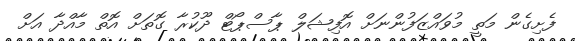
ފެށިގެން މަތީ މުވައްޒަފުންނަށް އޮފިޝަލް ޕާސްޕޯޓް ދޫކުރާ ގޮތަށް އޮތް މާއްދާ އަށް